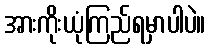
အားကိုးယုံကြည်ရမှာပါပဲ။